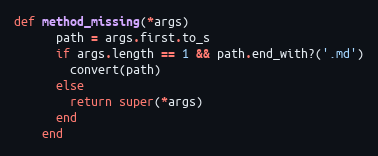
Language: Ruby
def method_missing(*args)
      path = args.first.to_s
      if args.length == 1 && path.end_with?('.md')
        convert(path)
      else
        return super(*args)
      end
    end